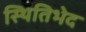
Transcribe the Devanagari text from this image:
स्थितिभेद